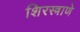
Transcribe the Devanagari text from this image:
शिरस्त्राणे